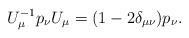
\begin{align*} U_\mu^{-1}p_\nu U_\mu=(1-2\delta_{\mu\nu})p_\nu.\end{align*}